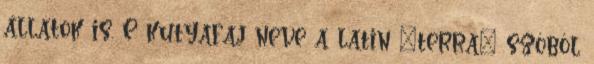
állatok is. E kutyafaj neve a latin "terra" szóból